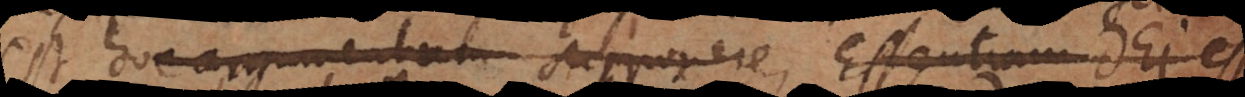
est, hoc argumentum supponere Essentiam Dei es